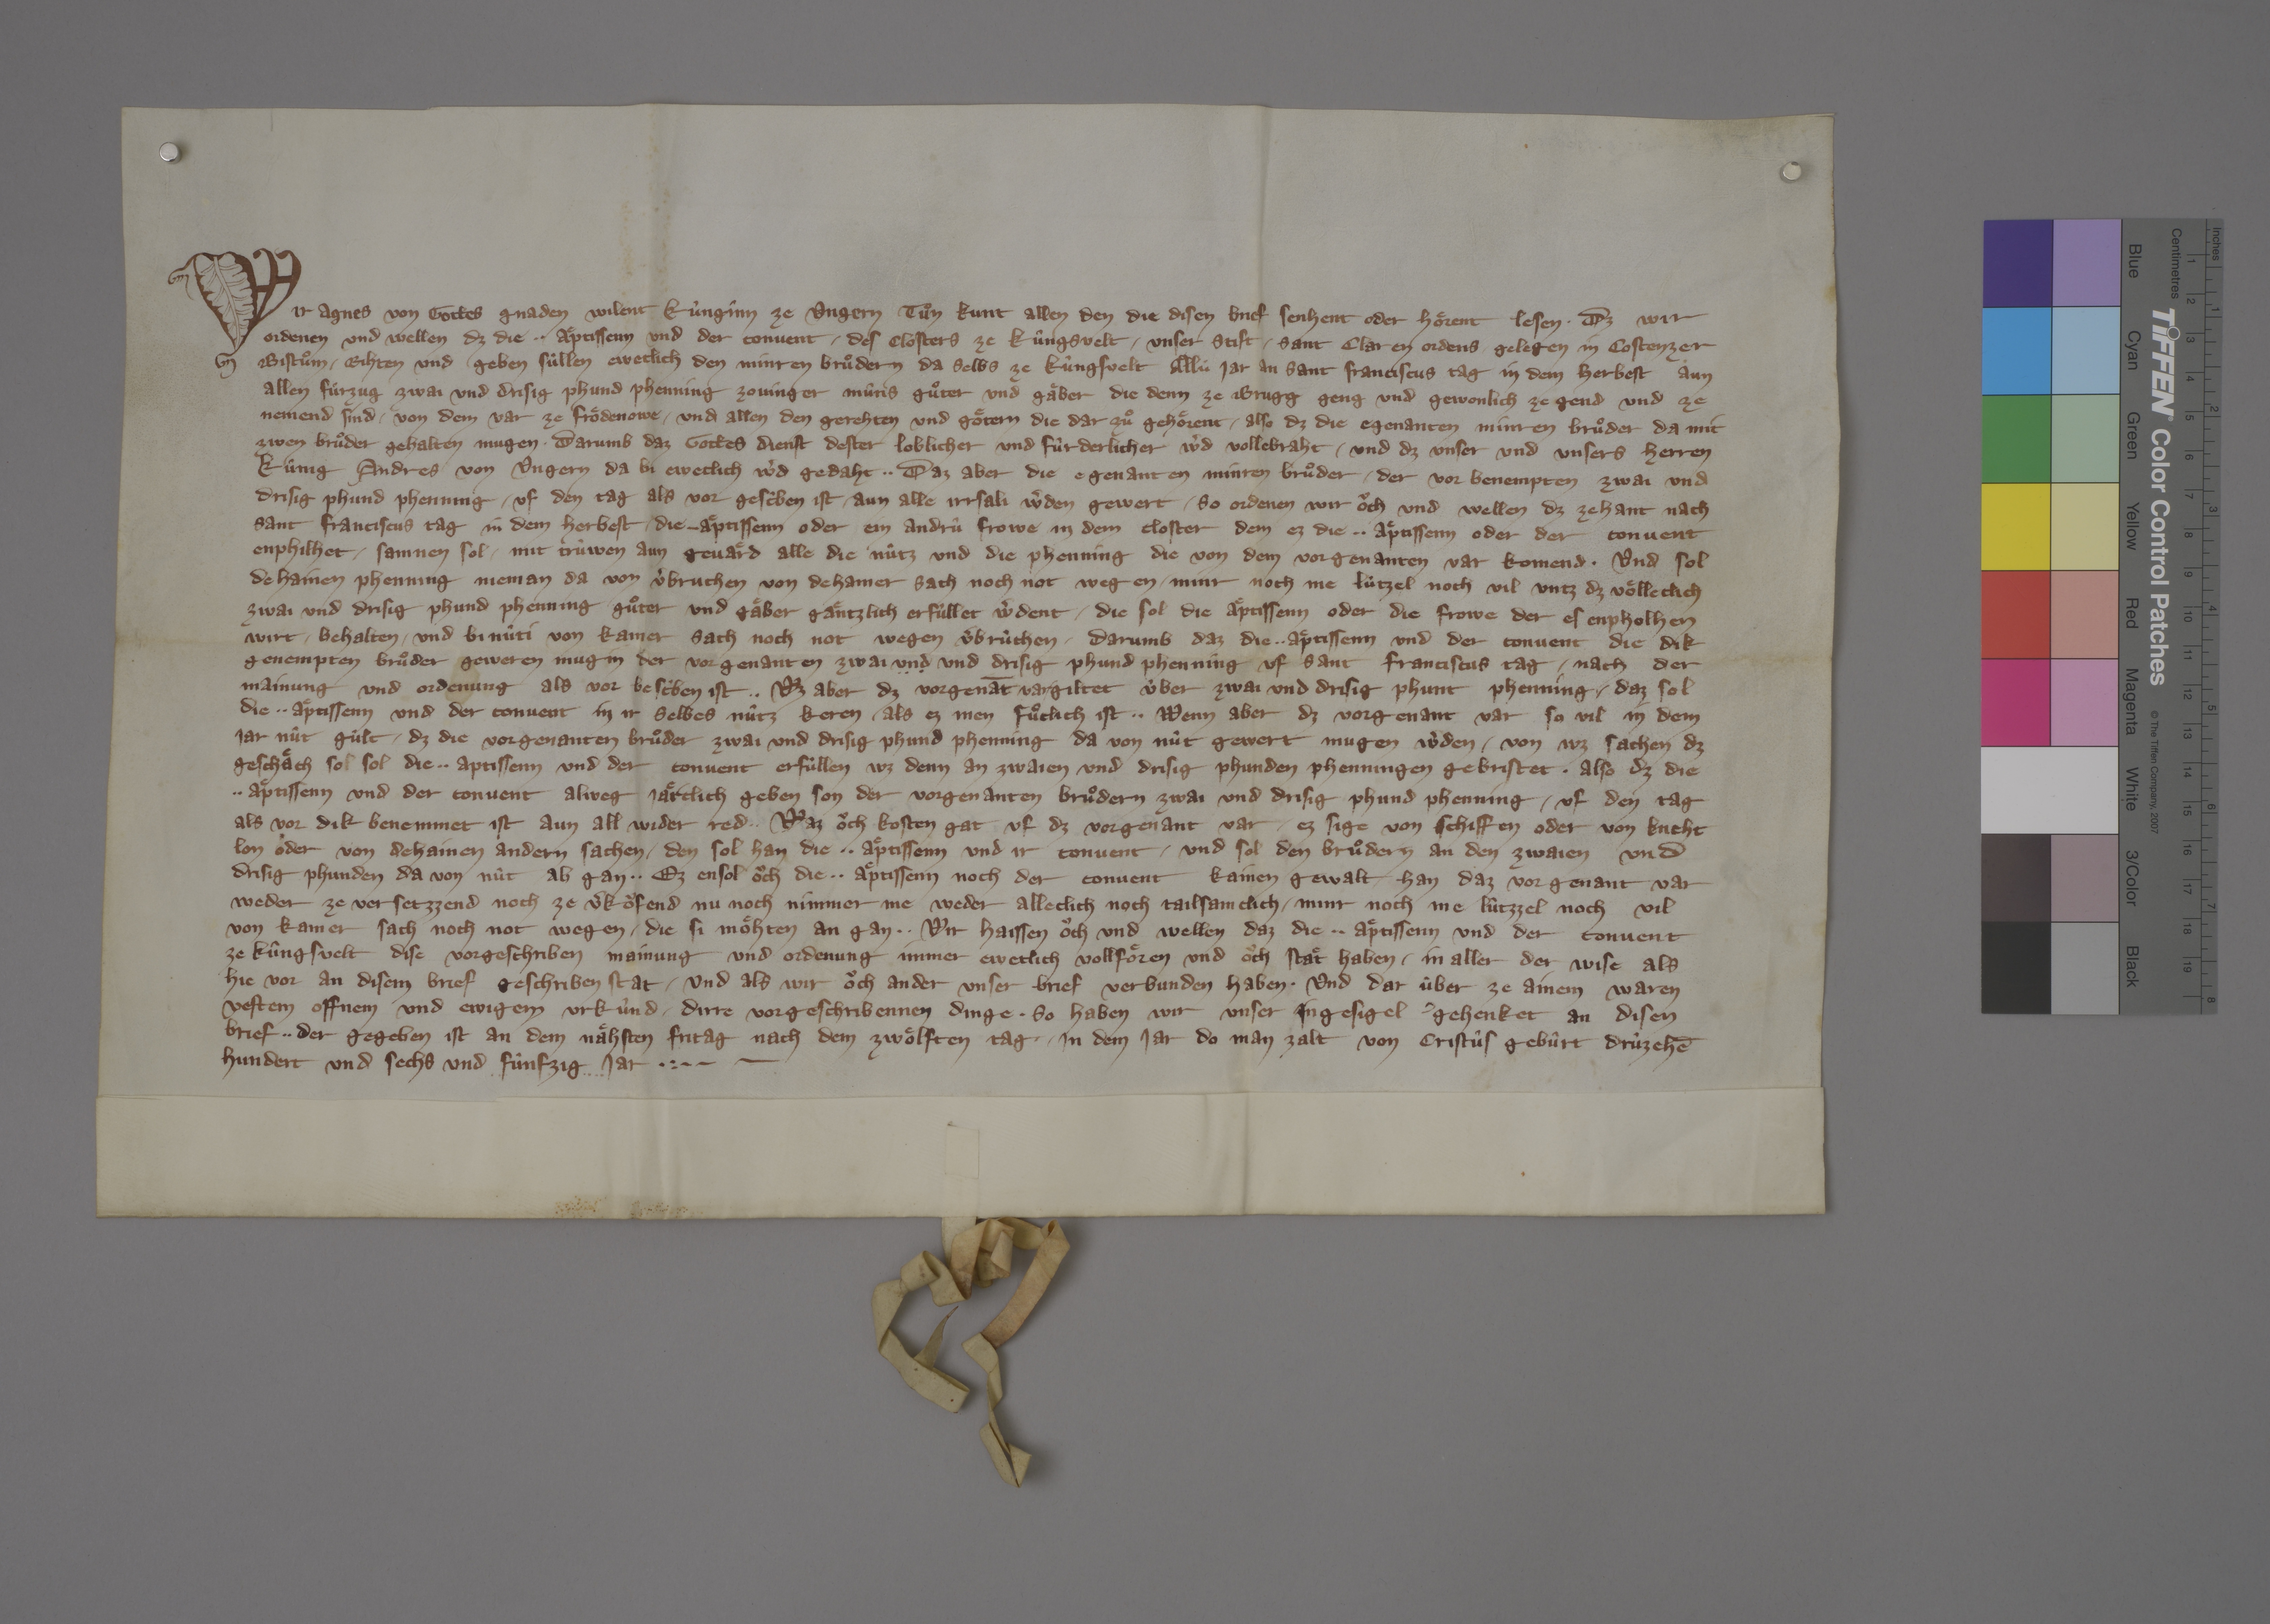
Transcription:
Wir, Agnes, von gottes gnaden wilent kûnginn ze Ungern, tuͦn kunt allen den, die disen brief senhent oder hoͤrent lesen, ✳ dz wir
ordenen und wellen, dz die ✳ ✳ aͤptissenn und der convent ✳ des closters ze Kûngsvelt, ✳ unser stift, ✳ Sant Claren ordens, ✳ gelegen in Costenzer
bistuͦm, ✳ rihten und geben sùllen eweclich den Minren Bruͦdern da selbs ze Kûngsvelt allù jar an sant Franciscus tag in dem herbest aun
allen fuͤrzug zwai und drisig phund phenning Zovinger mûns, guͦter und gaͣber, die denn ze Brugg geng und gewonlich ze gend und ze
nemend sind ✳ von dem var ze Froͤdenowe ✳ und allen den gerehten und goͤtern, die dar zuͦ gehoͤrent, ✳ also, dz die egenanten Minren Bruͦder da mit
zwen bruͦder gehalten mugen, ✳ darumb, daz gottes dienst dester loblicher und fûrderlicher wˀd vollebraht ✳ und dz unser und unsers herren,
kûnig Andres von Ungern, da bi eweclich wˀd gedaht. ✳ ✳ daz aber die egenanten Minren Bruͦder ✳ der vor benempten zwai und
drisig phund phenning ✳ uf den tag, als vor gescʼben ist, ✳ aun alle irrsali wˀden gewert, ✳ so ordenen wir oͧch und wellen, dz zehant nach
sant Franciscus tag in dem herbest ✳ die ✳ aͤptissenn oder ein andrû frowe in dem closter, dem ez die ✳ ✳ aͤptissenn oder der convent
enphilhet, ✳ samnen sol ✳ mit trùwen, aun gevaͤrd, alle die nûtz und die phenning, die von dem vorgenanten var komend, ✳ und sol
dehainen phenning nieman da von vˀbruchen von dehainer sach noch not wegen, ✳ minr noch me, lùtzel noch vil, untz dz voͤlleclich
zwai und drisig phund phenning, guͦter und gaͤber, gaͤntzlich erfûllet wˀdent, ✳ die sol die aͤptissenn oder die frowe, der es enpholhen
wirt, ✳ behalten ✳ und bi nûti von kainer sach noch not wegen vˀbrùchen, ✳ darumb daz die ✳ ✳ aͤptissenn und der convent die dik
genempten bruͦder geweren mugin der vorgenanten zwai und und drisig phund phenning uf sant Franciscus tag, ✳ nach der
mainung und ordenung, als vor bescʼben ist. ✳ ✳ wz aber dz vorgenāt var ✳ giltet ûber zwai und drisig phunt phenning, ✳ daz sol
die ✳ ✳ aͤptisenn und der convent in ir selbes nûtz keren, ✳ als ez inen fuͤclich ist. ✳ ✳ wenn aber dz vorgenant var so vil in dem
jar nût gûlt, ✳ dz die vorgenanten bruͦder zwai und drisig phund phenning da von nùt gewert mugen wˀden, ✳ von wz sachen dz
geschaͤch sol, sol die ✳ ✳ aptissenn und der convent erfùllen, wz denn an zwaien und drisig phunden phenningen gebristet, ✳ also, dz die
✳ ✳ aͤptissenn und der convent alweg jaͤrclich geben son der vorgenanten bruͦdern zwai und drisig phund phenning ✳ uf den tag,
als vor dik benemmet ist, aun all wider red. ✳ ✳ waz oͧch kosten gat uf dz vorgenant var, ✳ ez sige von schiffen oder von kneht-
lon oder von dehainen andern sachen, ✳ den sol han die ✳ ✳ aͤptissenn und ir convent, ✳ und sol den bruͦdern an den zwaien und
drisig phunden da von nût ab gan. ✳ ✳ ez ensol oͧch die ✳ ✳ aͤptissenn noch der convent kainen gewalt han, daz vorgenant var
weder ze versetzzend noch ze vˀkoͧfend, nu noch nimmer me, weder alleclich noch tailsamclich, ✳ minr noch me, lûtzzel noch vil,
von kainer sach noch not wegen, ✳ die si moͤhten an gan. ✳ ✳ wir haissen oͧch und wellen, daz die ✳ ✳ aͤptissenn und der convent
ze Kûngsvelt dise vorgeschriben mainung und ordenung immer eweclich vollfoͤren und oͧch staͤt haben ✳ in aller der wise, als
hie vor an disem brief geschriben stat ✳ und als wir oͧch ander unser brief verbunden haben. ✳ und dar ûber ze ainem waren,
vestem, offnem und ewigem urkûnd ✳ dirre vorgeschribennen dinge, ✳ so haben wir unser ingesigel gehenket an disen
brief, ✳ ✳ der gegeben ist an dem naͤhsten fritag nach dem zwoͤlften tag, ✳ in dem jar, do man zalt von Cristûs gebûrt drûzehē¬
hundert und sechs und fûnfzig jar. ✳